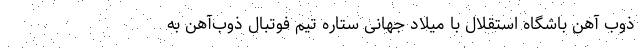
ذوب آهن باشگاه استقلال با میلاد جهانی ستاره تیم فوتبال ذوب‌آهن به